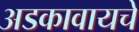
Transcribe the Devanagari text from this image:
अडकावायचे